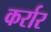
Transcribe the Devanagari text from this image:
कर्रार